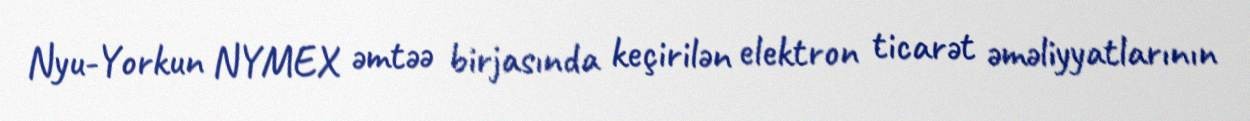
Nyu-Yorkun NYMEX əmtəə birjasında keçirilən elektron ticarət əməliyyatlarının